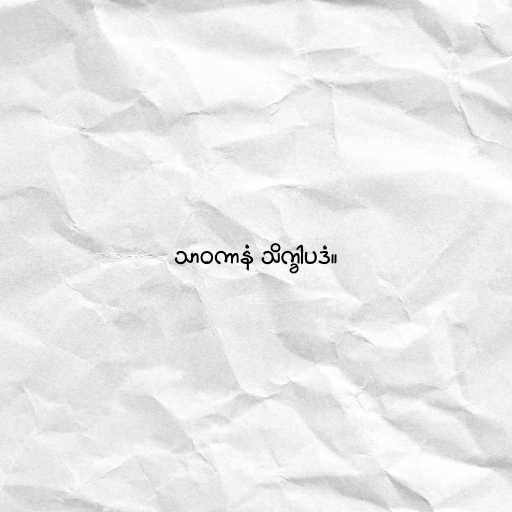
သာဝကာနံ သိက္ခါပဒံ။